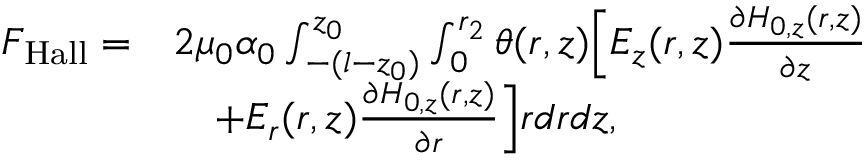
\begin{array} { r l } { F _ { \mathrm { H a l l } } = } & { 2 \mu _ { 0 } \alpha _ { 0 } \int _ { - ( l - z _ { 0 } ) } ^ { z _ { 0 } } \int _ { 0 } ^ { r _ { 2 } } \theta ( r , z ) \Big [ E _ { z } ( r , z ) \frac { \partial H _ { 0 , z } ( r , z ) } { \partial z } } \\ & { \quad + E _ { r } ( r , z ) \frac { \partial H _ { 0 , z } ( r , z ) } { \partial r } \Big ] r d r d z , } \end{array}